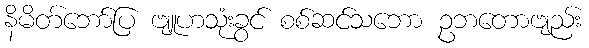
နိမိတ်ဘော်ပြ ဗျူဟသုံးခွင် စစ်ဆင်သဘော ဥဘတောဗျည်း